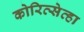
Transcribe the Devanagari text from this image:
कोरित्सेव्हा